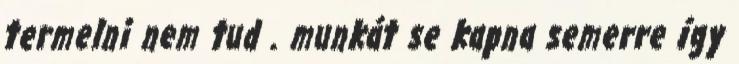
termelni nem tud . munkát se kapna semerre így